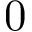
0